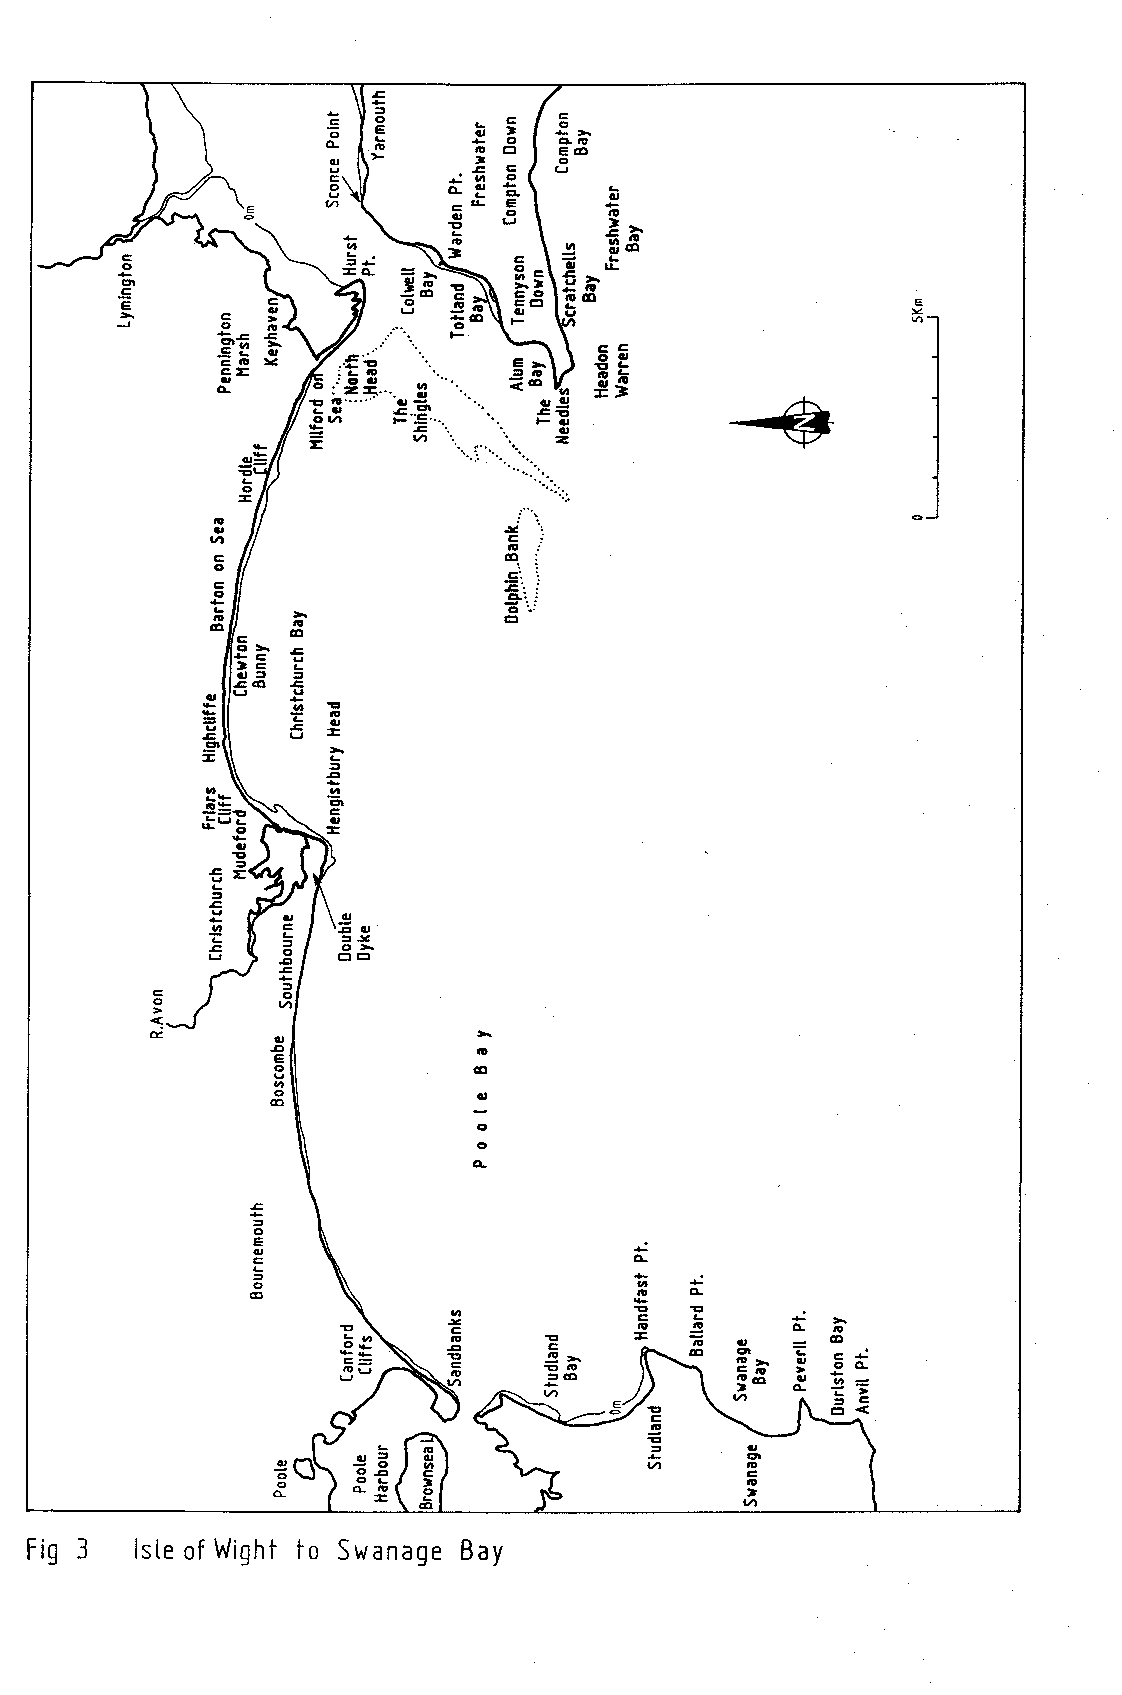
=t
 oe       +Lrtj 3l I
 a o
 o    E aEt
 o
 c
 o
 o;v-llE!
 t"(
 Uo
 u
 vr      c4 5l
 o         6
 t         :>
 + q    =o    \\+ E3
 Y-- i3+     E
 g
 3;-
 c\3lt
 LL
 E
 E3vo|!
 cg =a
 OO         ... o
 FE         ..'l-. F- il)  5E
 GG Y   ..= E       E!   =ts
 oe o -=
 E
 o: g.i .-'L .o
 .
 "g =G "o '. .. '. 9-oo '.. =3 cd r 3t f: =:o
 = =C' F:'. Ev. r_ .. i
 o                  :
 o
 t/t                 cj
 o..
 C                  o:
 o                   1:
 c::
 c c                G za. :::.:
 oL                 et
 alt  E
 c  6
 o
 !'
 EL
 =5
 sl l-act +E u
 o  E
 o
 Ett   EL -o
 u
 f\
 'A      55
 a
 95=      6 e
 d"b      O
 t
 E
 5
 €=
 tL
 E
 T    o   o
 I    c  €g
 L        :!
 E    o   o>
 U    5  ct El
 E
 3
 o
 a
 CO
 :
 o
 o
 CL
 +=
 o
 E
 o
 CL
 2                        +
 o                        a   +
 6                        o   CL
 t
 xa
 c     €
 E c
 o
 E c
 o      CL F
 oo e   &po   3 E =c > O
 o
 co t ol 6 c
 o'
 o> >o - c C o act c =+ L
 6            r/, d 7 :> c
 ct<
 ol
 o€
 OL
 ac -
 Fiq 3  lsteo fW ightt o SwanagBe ay